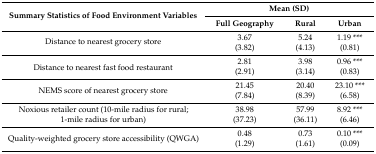
<table><thead><tr><td rowspan="2"><b>Summary Statistics of Food Environment Variables</b></td><td colspan="3"><b>Mean (SD)</b></td></tr><tr><td><b>Full Geography</b></td><td><b>Rural</b></td><td><b>Urban</b></td></tr></thead><tbody><tr><td rowspan="2">Distance to nearest grocery store</td><td>3.67</td><td>5.24</td><td>1.19 ***</td></tr><tr><td>(3.82)</td><td>(4.13)</td><td>(0.81)</td></tr><tr><td rowspan="2">Distance to nearest fast food restaurant</td><td>2.81</td><td>3.98</td><td>0.96 ***</td></tr><tr><td>(2.91)</td><td>(3.14)</td><td>(0.83)</td></tr><tr><td rowspan="2">NEMS score of nearest grocery store</td><td>21.45</td><td>20.40</td><td>23.10 ***</td></tr><tr><td>(7.84)</td><td>(8.39)</td><td>(6.58)</td></tr><tr><td rowspan="2">Noxious retailer count (10-mile radius for rural; 1-mile radius for urban)</td><td>38.98</td><td>57.99</td><td>8.92 ***</td></tr><tr><td>(37.23)</td><td>(36.11)</td><td>(6.46)</td></tr><tr><td rowspan="2">Quality-weighted grocery store accessibility (QWGA)</td><td>0.48</td><td>0.73</td><td>0.10 ***</td></tr><tr><td>(1.29)</td><td>(1.61)</td><td>(0.09)</td></tr></tbody></table>